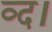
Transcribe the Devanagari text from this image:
व्द।